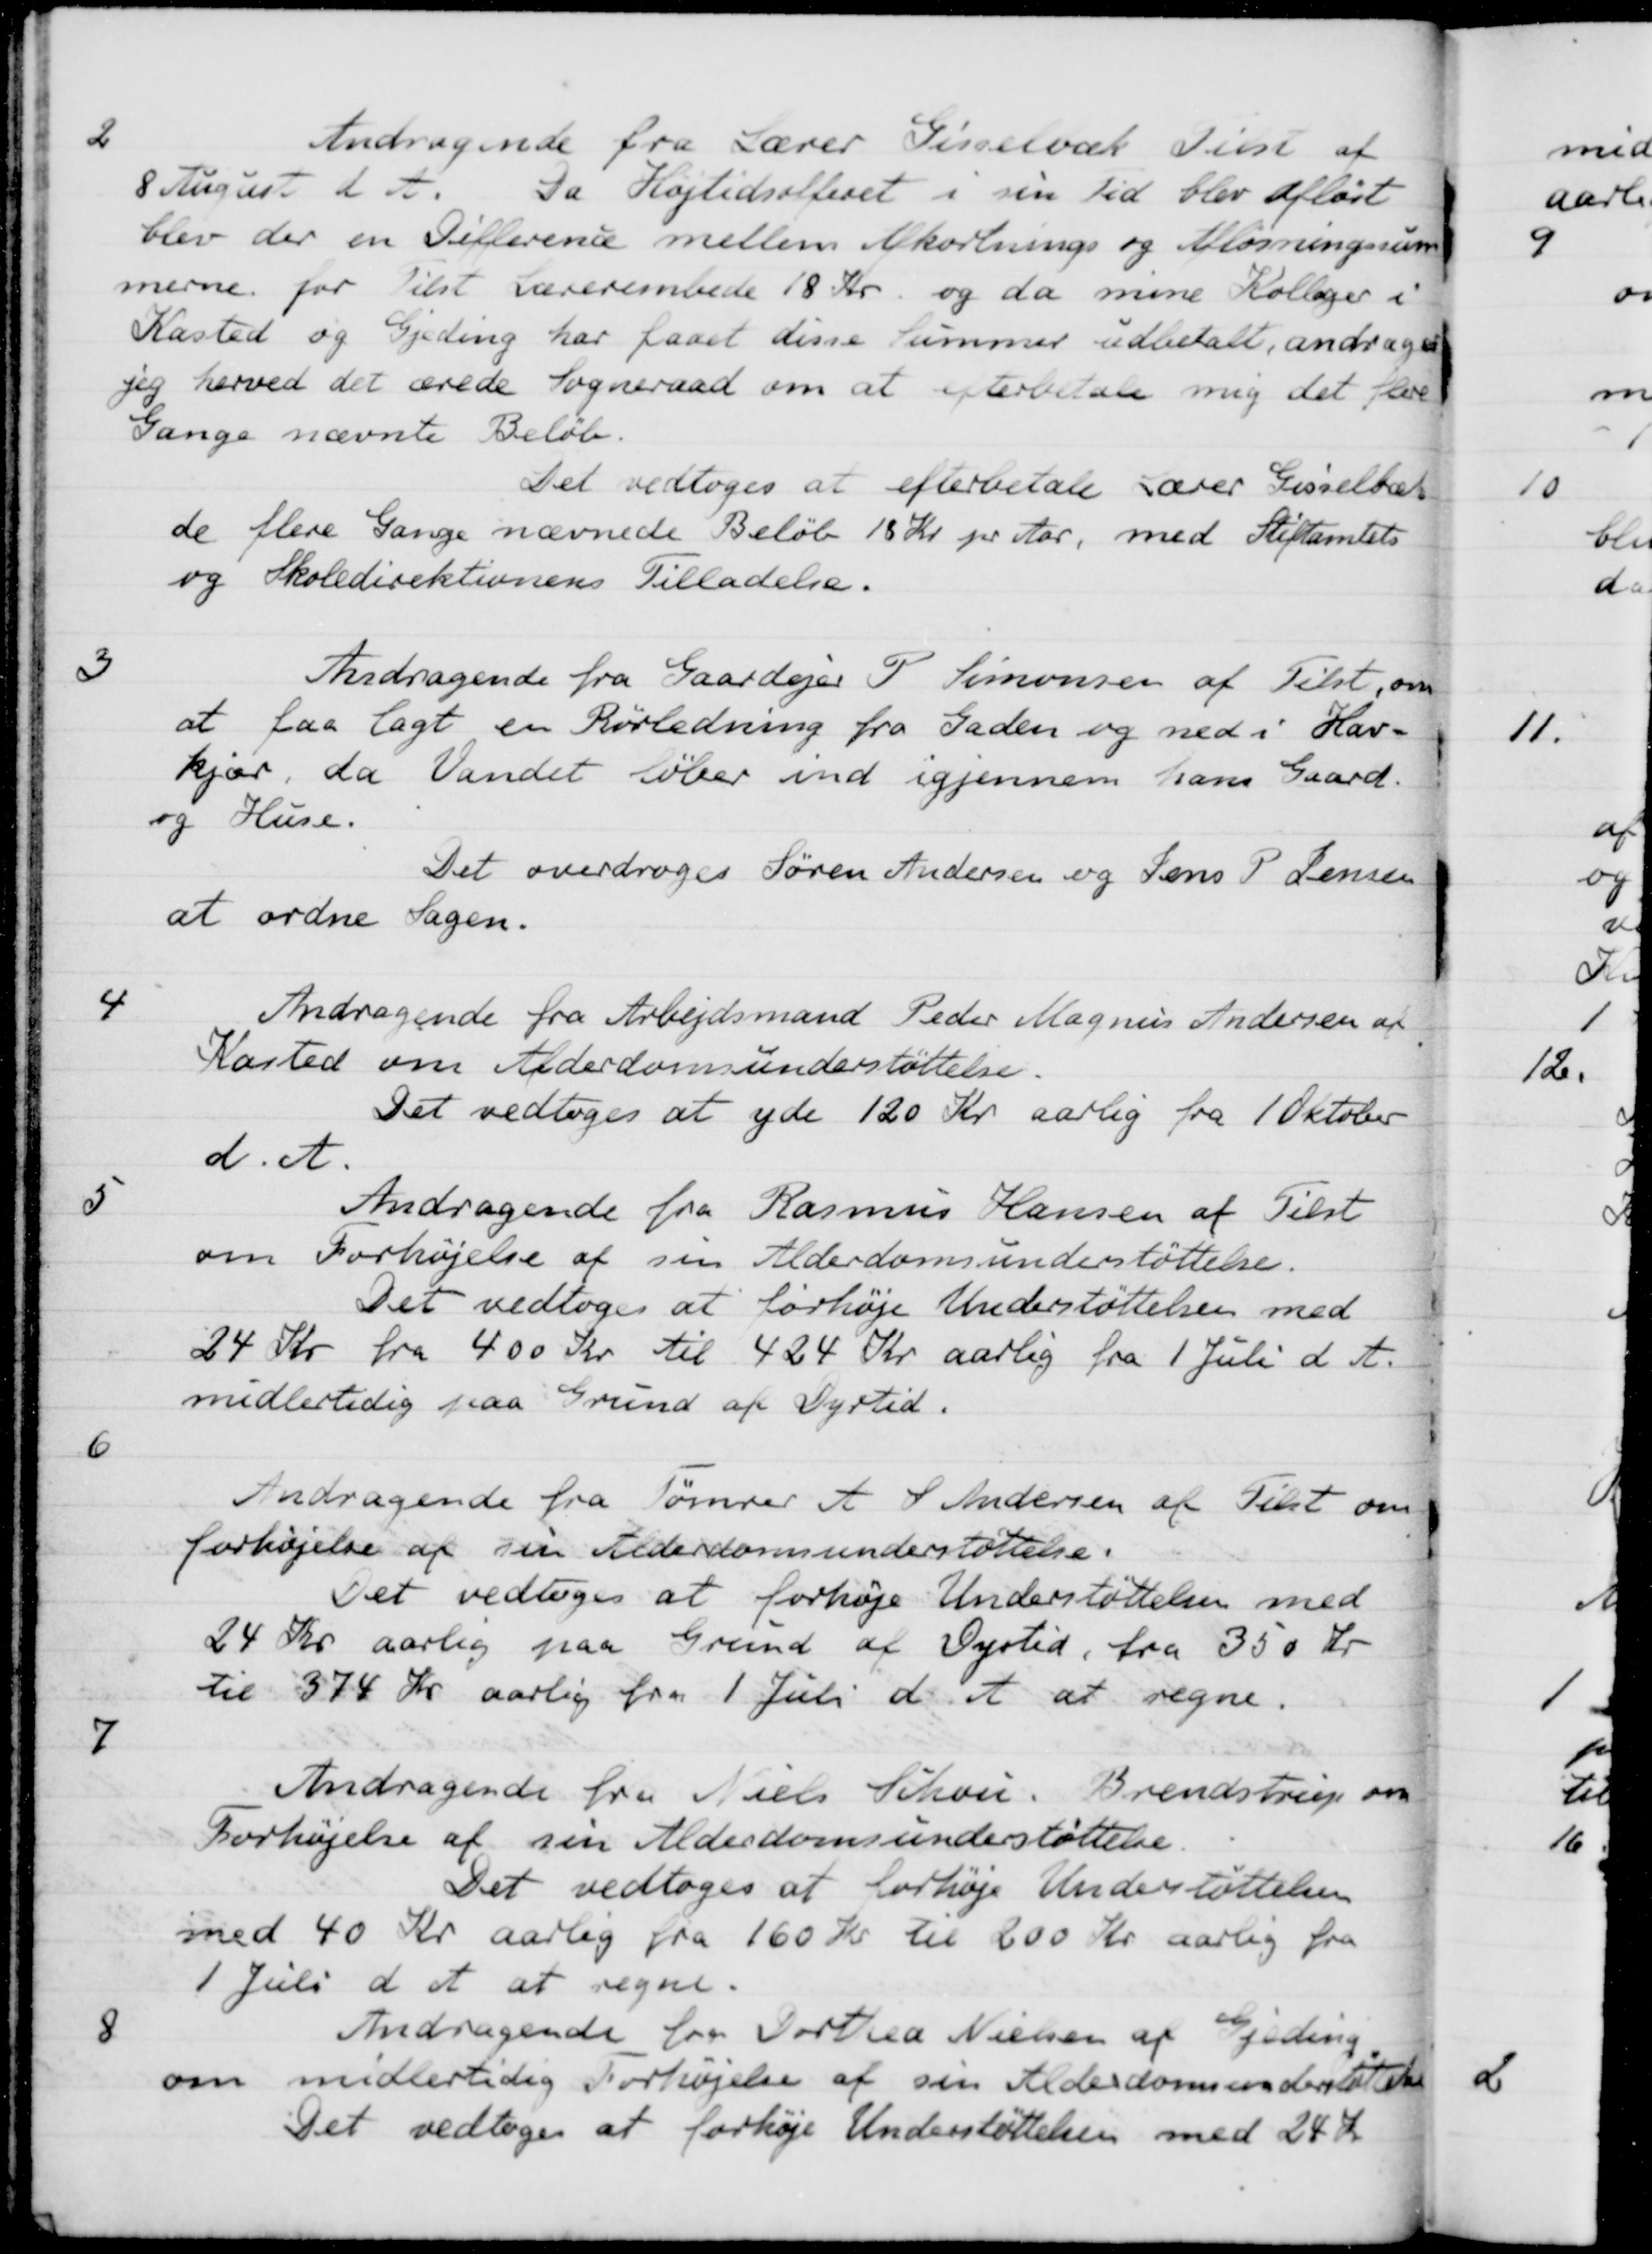
Transskription:
2
Andragende fra Lærer Gisselbæk Tilst af
8 August d A. Da Højtidsofferet i sin Tid blev afløst
blev der en Difference mellem Afkortnings og Afløsningssum
merne for Tilst Lærerembede 18 Kr og da mine Kolleger i
Kasted og Gjeding har faaet disse summer udbetalt, andrager
jeg herved det ærede Sogneraad om at efterbetale mig det fore-
Gange nævnte Beløb.
Det vedtoges at efterbetale Lærer Gisselbæk
de flere Gange nævnede Beløb 18 Kr. pr. Aar, med Stiftamtets
og Skoledirektionens
Tilladelse.
3
Andragende fra Gaardejer P. Simonsen af Tilst, om
at faa lagt en Rørledning fra Gaden og ned i Hav-
kjær, da Vandet løber ind igjennem hans Gaard.
og Huse.
Det overdroges Søren Andersen og Jens P. Jensen
at ordne Sagen.
4
Andragende fra Arbejdsmand Peder Magnus Andersen af
Kasted om Alderdomsunderstøttelse.
Det vedtoges at yde 120 Kr aarlig fra 1 Oktober
d. A.
5
Andragende fra Rasmus Hansen af Tilst
om Forhøjelse af sin Alderdomsunderstøttelse.
Det vedtoges at forhøje Understøttelsen med
24 Kr fra 400 Kr til 424 Kr aarlig fra 1 Juli d. A.
midlertidig paa Grund af Dyrtid.
6
Andragende fra Tømrer A. S. Andersen af Tilst om
forhøjelse af sin Alderdomsunderstøttelse.
Det vedtoges at forhøje Understøttelsen med
24 Kr aarlig paa Grund af Dyrtid, fra 350 Kr
til 374 Kr aarlig fra 1 Juli d. A. at regne.
7
Andragende fra Niels Schou, Brendstrup om
Forhøjelse af sin Alderdomsunderstøttelse
Det vedtoges at forhøje Understøttelsen
med 40 Kr. aarlig fra 160 Kr til 200 Kr. aarlig fra
1 Juli d. A. at regne.
8
Andragende for Dortrea Nielsen af Gjeding
om midlertidig Forhøjelse af sin Alderdomsunderstøttelse
Det vedtoges at forhøje Understøttelsen med 28 Kr